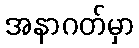
အနာဂတ်မှာ